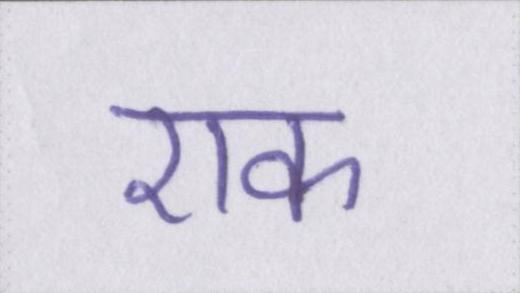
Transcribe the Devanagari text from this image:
एक